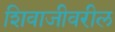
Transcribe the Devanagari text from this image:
शिवाजीवरील